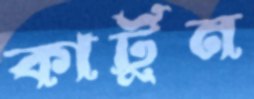
কার্টুন